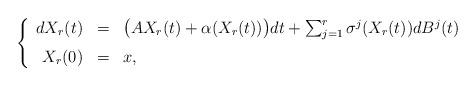
LaTeX: \begin{align*}\left\{\begin{array}{rcl}dX_r(t) & = & \big( A X_r(t) + \alpha(X_r(t)) \big) dt + \sum_{j=1}^r \sigma^j(X_r(t)) dB^j(t) \medskip\\ X_r(0) & = & x,\end{array}\right.\end{align*}